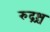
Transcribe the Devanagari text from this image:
रुद्रश्च